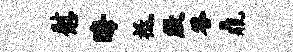
慰晦祗殷答鼎